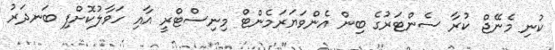
ކުނި މެނޭޖް ކުރާ ސެންޓަރުގެ ބިން އެންވަޔަރަމެންޓް މިނިސްޓްރީ އާއި ހަވާލުކޮށްފި ބަނދަރު